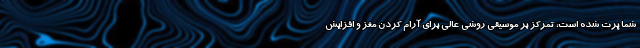
شما پرت شده است، تمرکز بر موسیقی روشی عالی برای آرام کردن مغز و افزایش